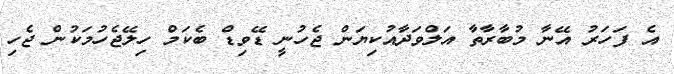
އެ ފަހަރު އޭނާ މުބާރާތާ އަލްވަދާއުކިޔަން ޖެހުނީ ޑޭވިޑް ބެކަމް ހިލޭޖެހުމަކުން ޖެހި